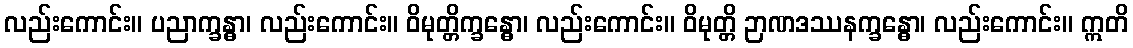
လည်းကောင်း။ ပညာက္ခန္ဓာ၊ လည်းကောင်း။ ဝိမုတ္တိက္ခန္ဓော၊ လည်းကောင်း။ ဝိမုတ္တိ ဉာဏဒဿနက္ခန္ဓော၊ လည်းကောင်း။ ဣတိ